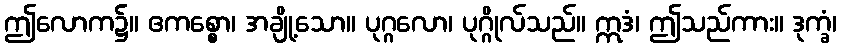
ဤလောက၌။ ဧကစ္စော၊ အချို့သော။ ပုဂ္ဂလော၊ ပုဂ္ဂိုလ်သည်။ ဣဒံ၊ ဤသည်ကား။ ဒုက္ခံ၊